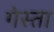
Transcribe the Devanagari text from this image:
गेस्ता